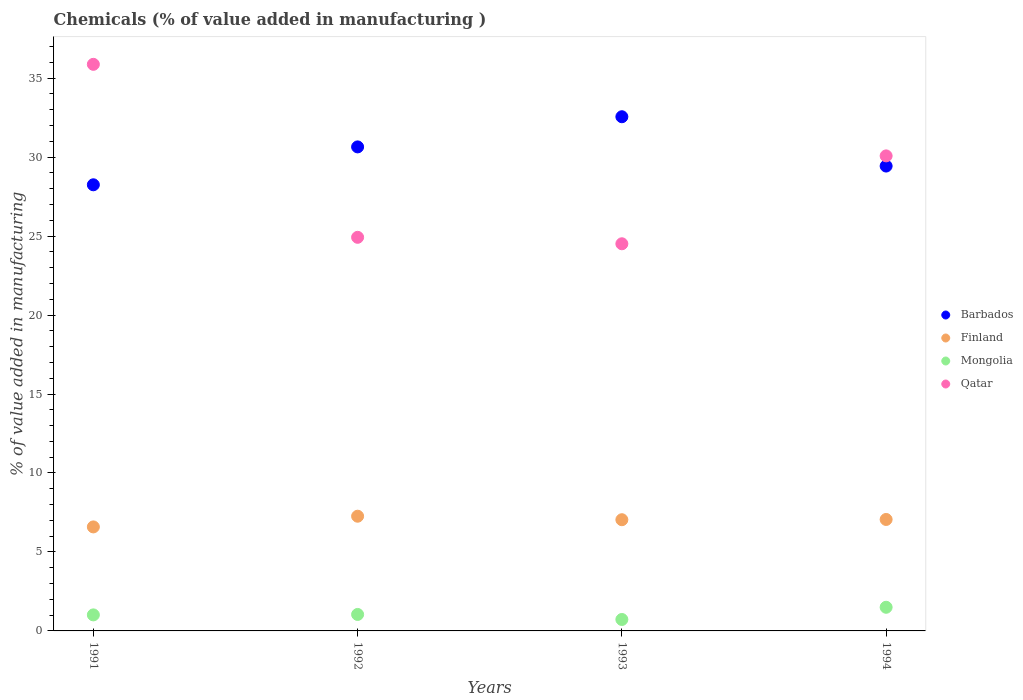
| Years | Barbados | Finland | Mongolia | Qatar |
 | --- | --- | --- | --- | --- |
 | 1991 | 28.2 | 6.59 | 1.02 | 35.9 |
 | 1992 | 30.6 | 7.26 | 1.04 | 24.9 |
 | 1993 | 32.6 | 7.04 | 0.724 | 24.5 |
 | 1994 | 29.4 | 7.06 | 1.5 | 30.1 |